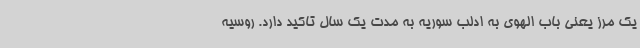
یک مرز یعنی باب الهوی به ادلب سوریه به مدت یک سال تاکید دارد. روسیه